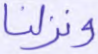
ونزلنا